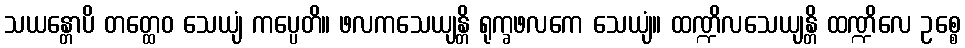
သယန္တောပိ တတ္ထေဝ သေယျံ ကပ္ပေတိ။ ဖလကသေယျန္တိ ရုက္ခဖလကေ သေယျံ။ ထဏ္ဍိလသေယျန္တိ ထဏ္ဍိလေ ဥစ္စေ